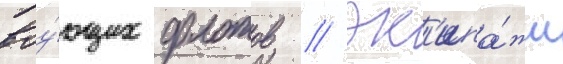
воу́ющих флотов // Эк'ипа́жи